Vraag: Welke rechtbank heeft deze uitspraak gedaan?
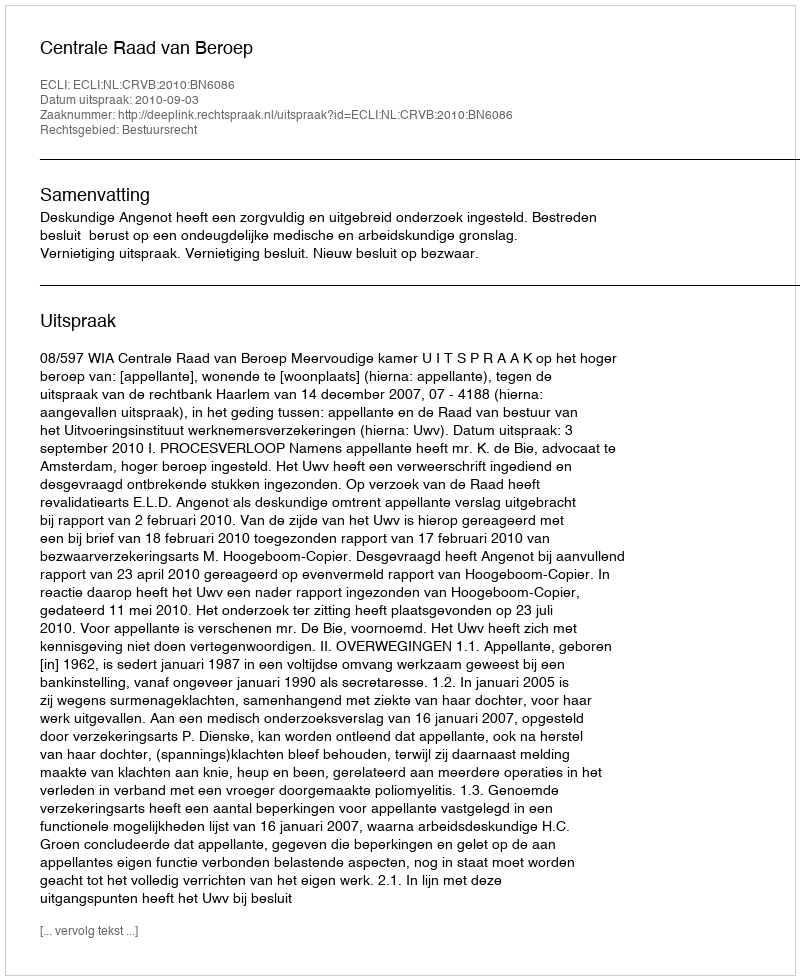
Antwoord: Centrale Raad van Beroep